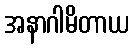
အနာဂါမိတာယ